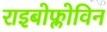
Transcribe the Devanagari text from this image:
राइबोफ्लोविन